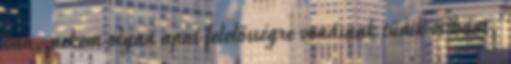
van, nekem olyan apai felelősségre vonásnak tűnik és bánt,